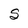
Character: S